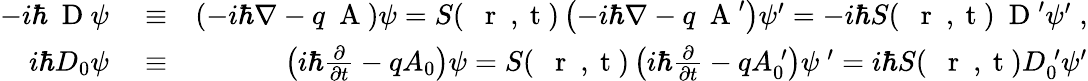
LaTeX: \begin{array}{rlr}{-i\hbar\mathrm{~\mathbf~D~}\psi}&{{}\equiv}&{\left(-i\hbar\nabla-q\mathrm{~\mathbf~A~}\right)\psi=S(\mathrm{~{~\mathbf~r~}~,~t~})\left(-i\hbar\nabla-q\mathrm{~\mathbf~A~}^{\prime}\right)\psi^{\prime}=-i\hbar S(\mathrm{~{~\mathbf~r~}~,~t~})\mathrm{~\mathbf~D~}^{\prime}\psi^{\prime}\; ,}\\ {i\hbar D_{0}\psi}&{{}\equiv}&{\left(i\hbar\frac{\partial}{\partial t}-qA_{0}\right)\psi=S(\mathrm{~{~\mathbf~r~}~,~t~})\left(i\hbar\frac{\partial}{\partial t}-qA_{0}^{\; \prime}\right)\psi\ ^{\prime}=i\hbar S(\mathrm{~{~\mathbf~r~}~,~t~})D_{0}^{\; \prime}\psi^{\prime}}\end{array}